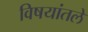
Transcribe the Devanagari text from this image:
विषयांतले